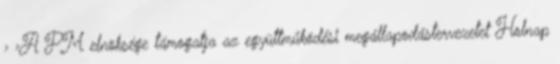
› ›A PM elnöksége támogatja az együttműködési megállapodástervezetet Holnap